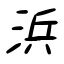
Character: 浜